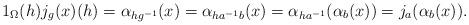
LaTeX: \begin{align*}1_{\Omega}(h)j_{g}(x)(h)=\alpha_{hg^{-1}}(x)=\alpha_{ha^{-1}b}(x)=\alpha_{ha^{-1}}(\alpha_{b}(x))=j_{a}(\alpha_{b}(x)).\end{align*}